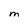
Character: M